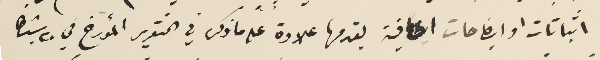
اثباتات او ايضاحات كافية يقدمها علاوة على ما ذكر في التقرير المؤرخ في ٢٠ شباط